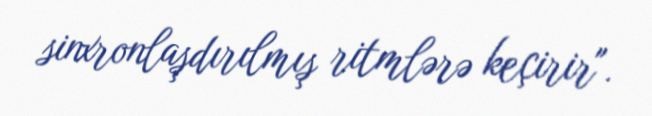
sinxronlaşdırılmış ritmlərə keçirir".